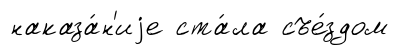
наказа́н'иjе ста́ла съе́здом